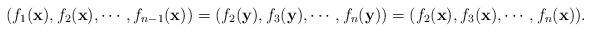
LaTeX: \begin{align*} (f_1(\mathbf{x}),f_2(\mathbf{x}),\cdots,f_{n-1}(\mathbf{x}))=(f_2(\mathbf{y}),f_3(\mathbf{y}),\cdots,f_n(\mathbf{y}))=(f_2(\mathbf{x}),f_3(\mathbf{x}),\cdots,f_n(\mathbf{x})). \end{align*}